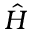
\hat { H }